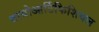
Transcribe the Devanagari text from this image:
बायोआर्टिफिशियल